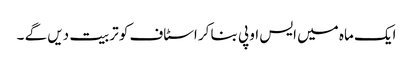
ایک ماہ میں ایس او پی بنا کر اسٹاف کو تربیت دیں گے ۔